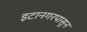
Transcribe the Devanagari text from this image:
इटानगरपासून